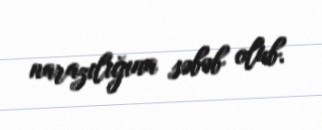
narazılığına səbəb olub.